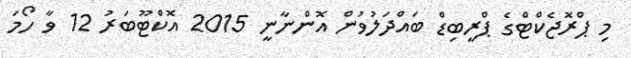
މި ޕްރޮޖެކްޓްގެ ޕްރީބިޑް ބައްދަލުވުން އޮންނާނީ 2015 އޮކްޓޫބަރު 12 ވާ ހޯމަ